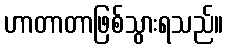
ဟာတာတာဖြစ်သွားရသည်။